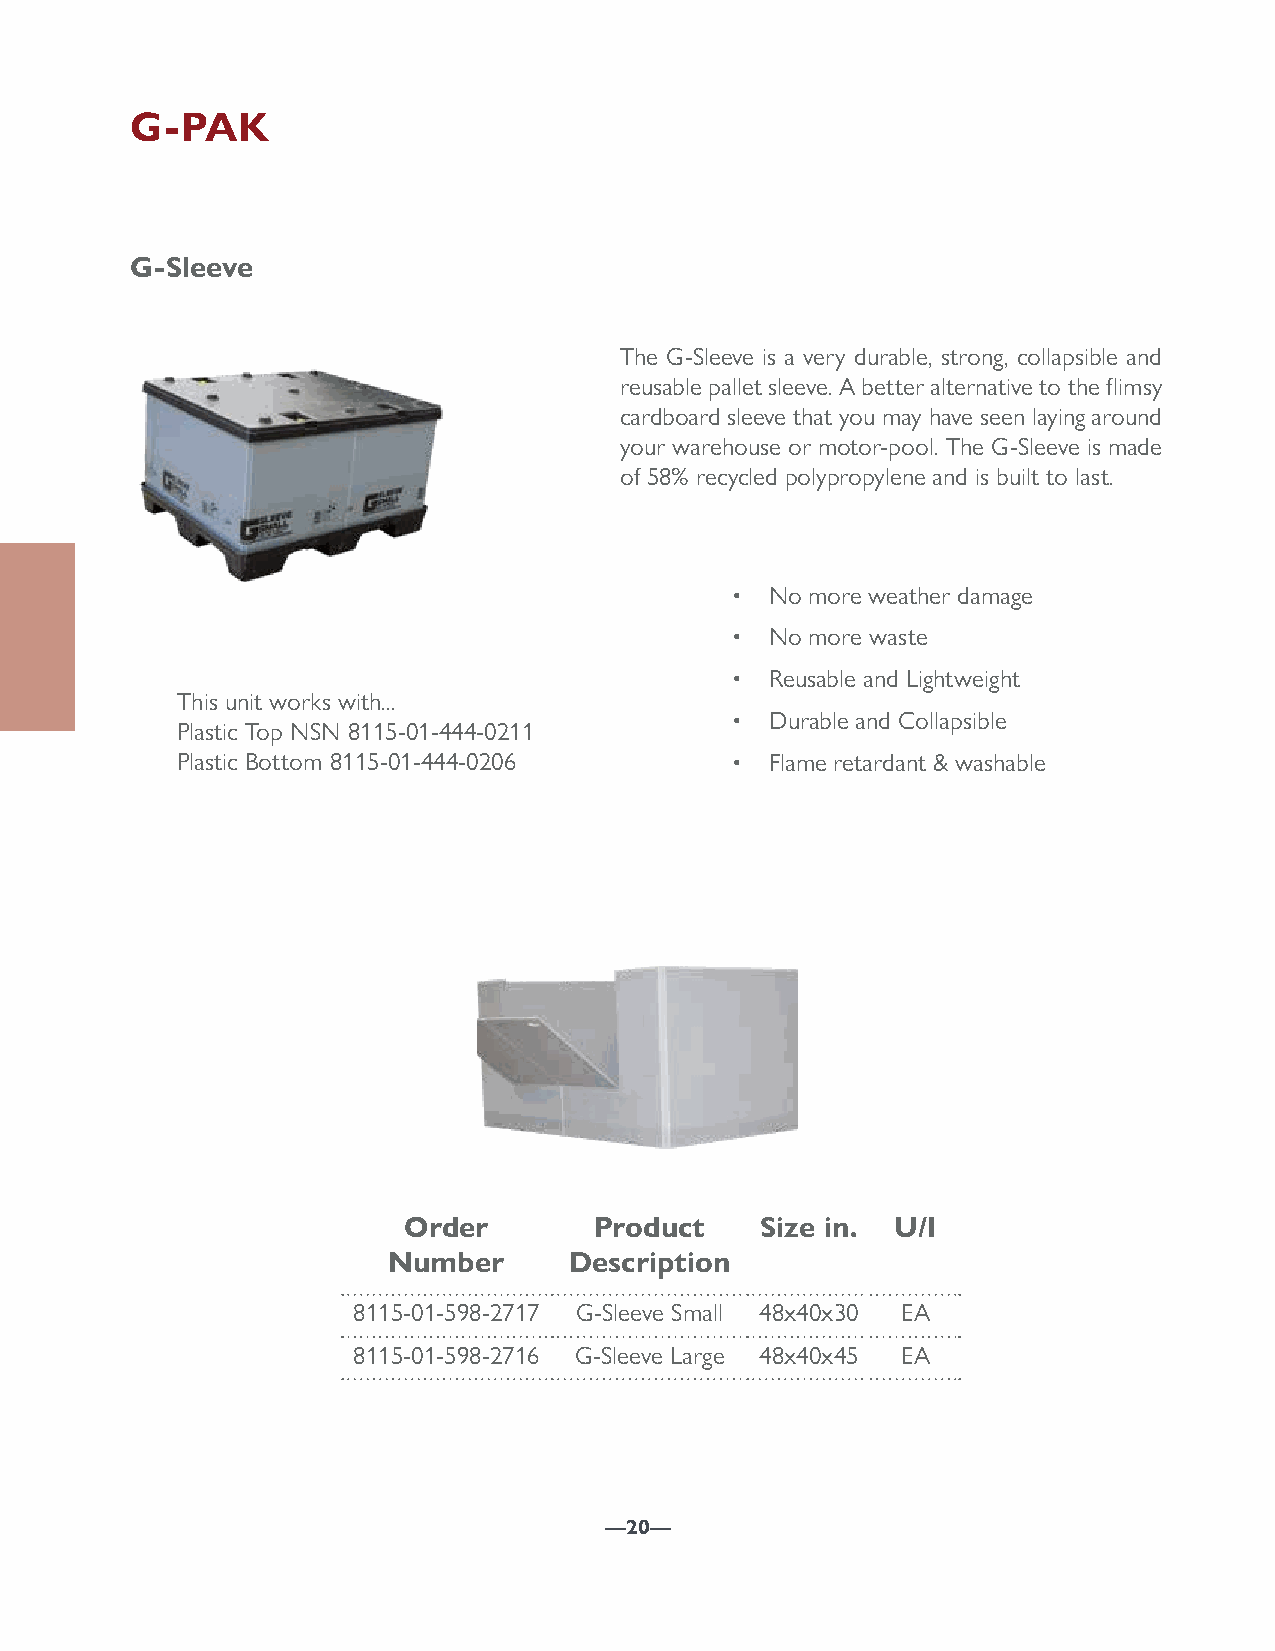
G-PAK
 G-Sleeve
 The G-Sleeve is a very durable, strong, collapsible and
 reusable pallet sleeve. A better alternative to the flimsy
 cardboard sleeve that you may have seen laying around
 your warehouse or motor-pool. The G-Sleeve is made
 of 58% recycled polypropylene and is built to last.
 •  No more weather damage
 •  No more waste
 •  Reusable and Lightweight
 This unit works with...
 •  Durable and Collapsible
 Plastic Top NSN 8115-01-444-0211
 Plastic Bottom 8115-01-444-0206     •  Flame retardant & washable
 Order       Product    Size in. U/I
 Number      Description
 8115-01-598-2717 G-Sleeve Small 48x40x30 EA
 8115-01-598-2716 G-Sleeve Large 48x40x45 EA
 —20—